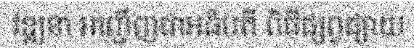
វឌ្ឍនា អញ្ជើញជាអធិបតី ពិធីផ្សព្វផ្សាយ